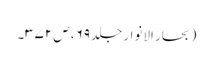
(بحار الانوار جلد ۶۹، ص ۳۷۲۔